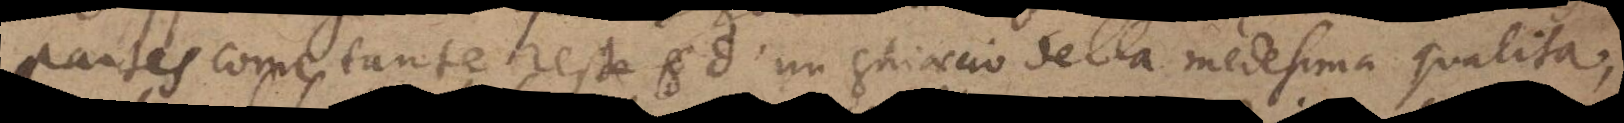
partes come tante reste d’un ghiaccio della medesima qualita,